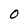
Character: O